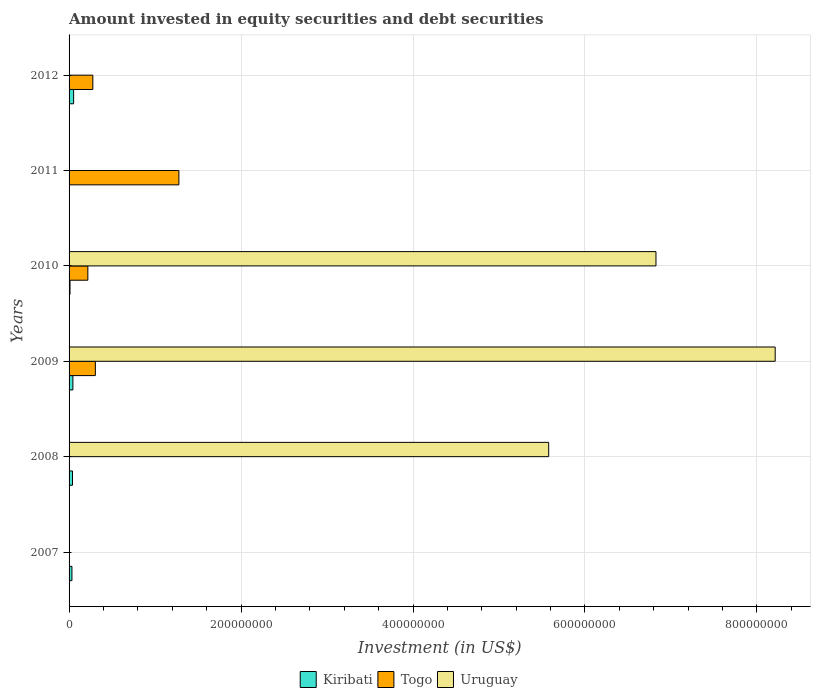
| Years | Kiribati | Togo | Uruguay |
 | --- | --- | --- | --- |
 | 2007 | 3.34e+06 | -1.93e+07 | -1.15e+09 |
 | 2008 | 3.97e+06 | -1.21e+07 | 5.58e+08 |
 | 2009 | 4.43e+06 | 3.06e+07 | 8.21e+08 |
 | 2010 | 1.1e+06 | 2.18e+07 | 6.83e+08 |
 | 2011 | -5.1e+06 | 1.28e+08 | -1.98e+09 |
 | 2012 | 5.3e+06 | 2.76e+07 | -1.64e+09 |